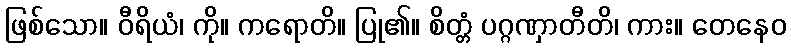
ဖြစ်သော။ ဝီရိယံ၊ ကို။ ကရောတိ။ ပြု၏။ စိတ္တံ ပဂ္ဂဏှာတီတိ၊ ကား။ တေနေဝ